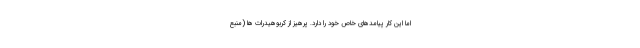
اما این کار پیامدهای خاص خود را دارد. پرهیز از کربوهیدرات ها (منبع